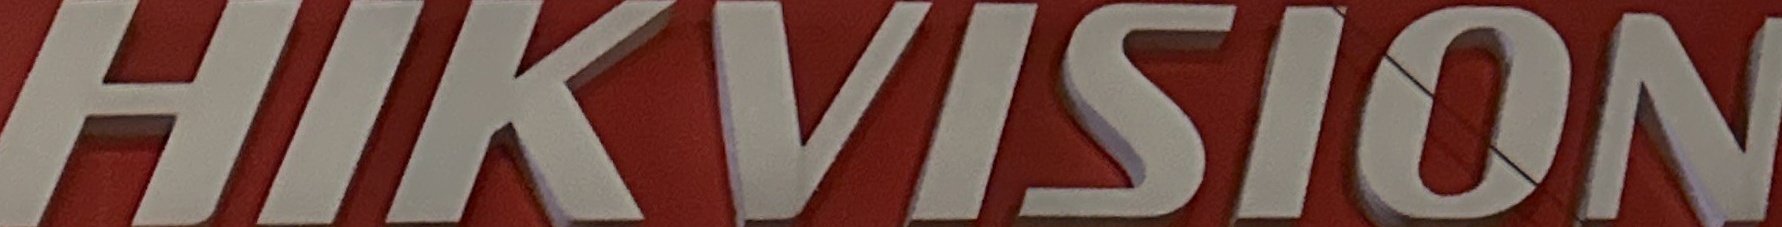
HIKVISION